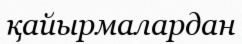
қайырмалардан